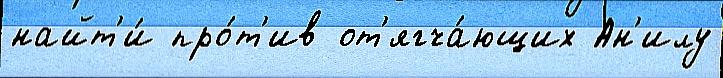
найт'и́ про́т'ив от'ягча́ющих Ан'илу